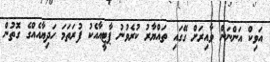
އަވިކް އަންނަން ވާއިރަށް ގޭގައި ތައްޔާރު ކުރެވުނު ޕާޓީއާއެކު ފުރަތަމަ ހަދިޔާއެއްގެ ގޮތުން